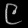
Digit: ၉